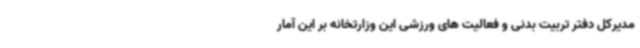
مدیرکل دفتر تربیت بدنی و فعالیت های ورزشی این وزارتخانه بر این آمار